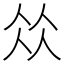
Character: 𠈌